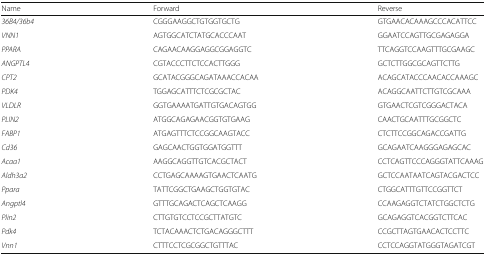
<table><thead><tr><td><b>Name</b></td><td><b>Forward</b></td><td><b>Reverse</b></td></tr></thead><tbody><tr><td><i>36B4/36b4</i></td><td>CGGGAAGGCTGTGGTGCTG</td><td>GTGAACACAAAGCCCACATTCC</td></tr><tr><td><i>VNN1</i></td><td>AGTGGCATCTATGCACCCAAT</td><td>GGAATCCAGTTGCGAGAGGA</td></tr><tr><td><i>PPARA</i></td><td>CAGAACAAGGAGGCGGAGGTC</td><td>TTCAGGTCCAAGTTTGCGAAGC</td></tr><tr><td><i>ANGPTL4</i></td><td>CGTACCCTTCTCCACTTGGG</td><td>GCTCTTGGCGCAGTTCTTG</td></tr><tr><td><i>CPT2</i></td><td>GCATACGGGCAGATAAACCACAA</td><td>ACAGCATACCCAACACCAAAGC</td></tr><tr><td><i>PDK4</i></td><td>TGGAGCATTTCTCGCGCTAC</td><td>ACAGGCAATTCTTGTCGCAAA</td></tr><tr><td><i>VLDLR</i></td><td>GGTGAAAATGATTGTGACAGTGG</td><td>GTGAACTCGTCGGGACTACA</td></tr><tr><td><i>PLIN2</i></td><td>ATGGCAGAGAACGGTGTGAAG</td><td>CAACTGCAATTTGCGGCTC</td></tr><tr><td><i>FABP1</i></td><td>ATGAGTTTCTCCGGCAAGTACC</td><td>CTCTTCCGGCAGACCGATTG</td></tr><tr><td><i>Cd36</i></td><td>GAGCAACTGGTGGATGGTTT</td><td>GCAGAATCAAGGGAGAGCAC</td></tr><tr><td><i>Acaa1</i></td><td>AAGGCAGGTTGTCACGCTACT</td><td>CCTCAGTTCCCAGGGTATTCAAAG</td></tr><tr><td><i>Aldh3a2</i></td><td>CCTGAGCAAAAGTGAACTCAATG</td><td>GCTCCAATAATCAGTACGACTCC</td></tr><tr><td><i>Ppara</i></td><td>TATTCGGCTGAAGCTGGTGTAC</td><td>CTGGCATTTGTTCCGGTTCT</td></tr><tr><td><i>Angptl4</i></td><td>GTTTGCAGACTCAGCTCAAGG</td><td>CCAAGAGGTCTATCTGGCTCTG</td></tr><tr><td><i>Plin2</i></td><td>CTTGTGTCCTCCGCTTATGTC</td><td>GCAGAGGTCACGGTCTTCAC</td></tr><tr><td><i>Pdk4</i></td><td>TCTACAAACTCTGACAGGGCTTT</td><td>CCGCTTAGTGAACACTCCTTC</td></tr><tr><td><i>Vnn1</i></td><td>CTTTCCTCGCGGCTGTTTAC</td><td>CCTCCAGGTATGGGTAGATCGT</td></tr></tbody></table>